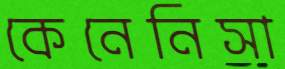
কেনেনিসা